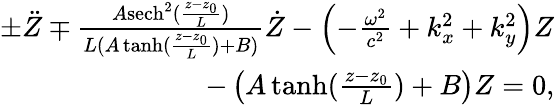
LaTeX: \begin{array}{r}{\pm\ddot{Z}\mp\frac{A\textrm{sech}^{2}(\frac{z-z_{0}}{L})}{L(A\operatorname{tanh}(\frac{z-z_{0}}{L})+B)}\dot{Z}-\left(-\frac{\omega^{2}}{c^{2}}+k_{x}^{2}+k_{y}^{2}\right)Z}\\ {-\left(A\operatorname{tanh}(\frac{z-z_{0}}{L})+B\right)Z=0,}\end{array}